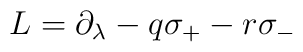
L = \partial_\lambda - q \sigma_+ - r \sigma_-